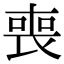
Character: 喪